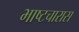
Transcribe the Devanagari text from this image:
भाष्टचारास